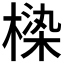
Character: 𰘏